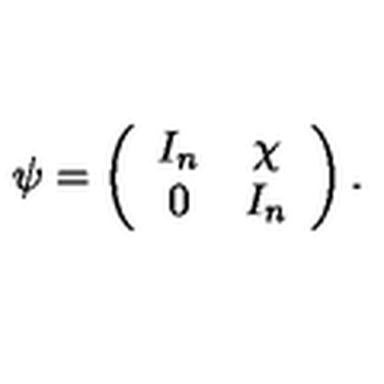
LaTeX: \psi = \left( \begin{array} { c c } { I _ { n } } & { \chi } \\ { 0 } & { I _ { n } } \\ \end{array} \right) .